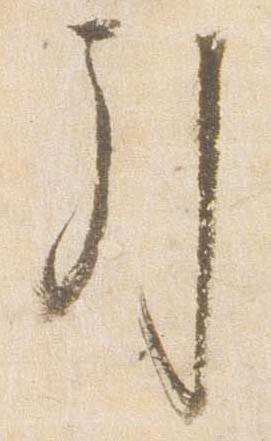
引